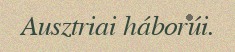
Ausztriai háborúi.